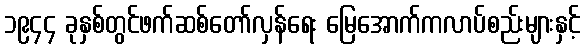
၁၉၄၄ ခုနှစ်တွင်ဖက်ဆစ်တော်လှန်ရေး မြေအောက်ကလာပ်စည်းများနှင့်